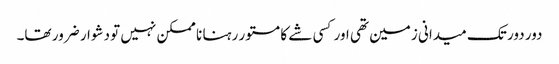
دور دور تک میدانی زمین تھی اور کسی شے کا مستور رہنا نا ممکن نہیں تو دشوار ضرور تھا۔